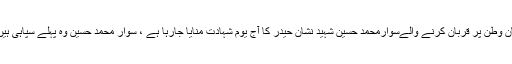
کراچی :1971 کی جنگ میں جان وطن پر قربان کرنے والےسوارمحمد حسین شہید نشان حیدر کا آج یوم شہادت منایا جارہا ہے ، سوار محمد حسین وہ پہلے سپاہی ہیں جنہیں نشان حیدر کا اعزاز ملا ۔